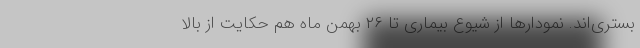
بستری‌اند. نمودارها از شیوع بیماری تا ۲۶ بهمن‌ ماه هم حکایت از بالا